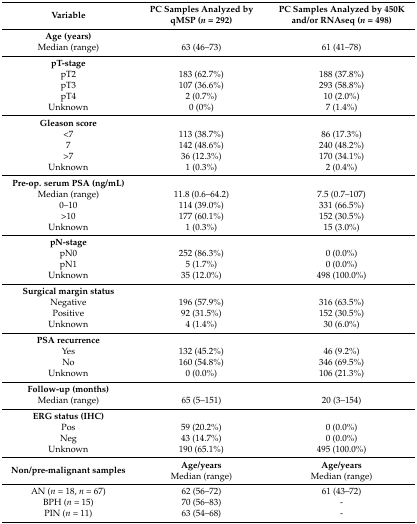
<table><thead><tr><td><b>Variable</b></td><td><b>PC Samples Analyzed by qMSP (<i>n</i> = 292)</b></td><td><b>PC Samples Analyzed by 450K and/or RNAseq (<i>n</i> = 498)</b></td></tr></thead><tbody><tr><td><b>Age (years)</b></td><td></td><td></td></tr><tr><td>Median (range)</td><td>63 (46–73)</td><td>61 (41–78)</td></tr><tr><td><b>pT-stage</b></td><td></td><td></td></tr><tr><td>pT2</td><td>183 (62.7%)</td><td>188 (37.8%)</td></tr><tr><td>pT3</td><td>107 (36.6%)</td><td>293 (58.8%)</td></tr><tr><td>pT4</td><td>2 (0.7%)</td><td>10 (2.0%)</td></tr><tr><td>Unknown</td><td>0 (0%)</td><td>7 (1.4%)</td></tr><tr><td><b>Gleason score</b></td><td></td><td></td></tr><tr><td>&lt;7</td><td>113 (38.7%)</td><td>86 (17.3%)</td></tr><tr><td>7</td><td>142 (48.6%)</td><td>240 (48.2%)</td></tr><tr><td>&gt;7</td><td>36 (12.3%)</td><td>170 (34.1%)</td></tr><tr><td>Unknown</td><td>1 (0.3%)</td><td>2 (0.4%)</td></tr><tr><td><b>Pre-op. serum PSA (ng/mL)</b></td><td></td><td></td></tr><tr><td>Median (range)</td><td>11.8 (0.6–64.2)</td><td>7.5 (0.7–107)</td></tr><tr><td>0–10</td><td>114 (39.0%)</td><td>331 (66.5%)</td></tr><tr><td>&gt;10</td><td>177 (60.1%)</td><td>152 (30.5%)</td></tr><tr><td>Unknown</td><td>1 (0.3%)</td><td>15 (3.0%)</td></tr><tr><td><b>pN-stage</b></td><td></td><td></td></tr><tr><td>pN0</td><td>252 (86.3%)</td><td>0 (0.0%)</td></tr><tr><td>pN1</td><td>5 (1.7%)</td><td>0 (0.0%)</td></tr><tr><td>Unknown</td><td>35 (12.0%)</td><td>498 (100.0%)</td></tr><tr><td><b>Surgical margin status</b></td><td></td><td></td></tr><tr><td>Negative</td><td>196 (57.9%)</td><td>316 (63.5%)</td></tr><tr><td>Positive</td><td>92 (31.5%)</td><td>152 (30.5%)</td></tr><tr><td>Unknown</td><td>4 (1.4%)</td><td>30 (6.0%)</td></tr><tr><td><b>PSA recurrence</b></td><td></td><td></td></tr><tr><td>Yes</td><td>132 (45.2%)</td><td>46 (9.2%)</td></tr><tr><td>No</td><td>160 (54.8%)</td><td>346 (69.5%)</td></tr><tr><td>Unknown</td><td>0 (0.0%)</td><td>106 (21.3%)</td></tr><tr><td><b>Follow-up (months)</b></td><td></td><td></td></tr><tr><td>Median (range)</td><td>65 (5–151)</td><td>20 (3–154)</td></tr><tr><td><b>ERG status (IHC)</b></td><td></td><td></td></tr><tr><td>Pos</td><td>59 (20.2%)</td><td>0 (0.0%)</td></tr><tr><td>Neg</td><td>43 (14.7%)</td><td>0 (0.0%)</td></tr><tr><td>Unknown</td><td>190 (65.1%)</td><td>495 (100.0%)</td></tr><tr><td rowspan="2"><b>Non/pre-malignant samples</b></td><td><b>Age/years</b></td><td><b>Age/years</b></td></tr><tr><td>Median (range)</td><td>Median (range)</td></tr><tr><td>AN (<i>n</i> = 18, <i>n</i> = 67)</td><td>62 (56–72)</td><td>61 (43–72)</td></tr><tr><td>BPH (<i>n</i> = 15)</td><td>70 (56–83)</td><td>-</td></tr><tr><td>PIN (<i>n</i> = 11)</td><td>63 (54–68)</td><td>-</td></tr></tbody></table>